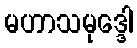
မဟာသမုဒ္ဒေါ